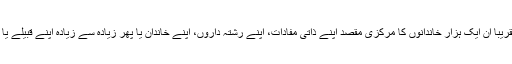
پچاس کی دہائی سے لے کر آج تک تقریبا ان ایک ہزار خاندانوں کا مرکزی مقصد اپنے ذاتی مفادات، اپنے رشتہ داروں، اپنے خاندان یا پھر زیادہ سے زیادہ اپنے قبیلے یا برادری کے مفادات کا تحفظ رہا ہے۔